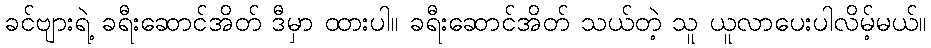
ခင်ဗျားရဲ့ ခရီးဆောင်အိတ် ဒီမှာ ထားပါ။ ခရီးဆောင်အိတ် သယ်တဲ့ သူ ယူလာပေးပါလိမ့်မယ်။